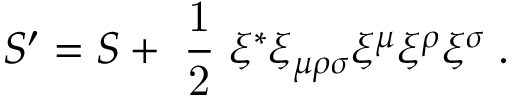
{ \cal S } ^ { \prime } = { \cal S } + \mathrm { \small { ~ \frac { 1 } { 2 } ~ } } \xi ^ { * } \xi _ { \mu \rho \sigma } \xi ^ { \mu } \xi ^ { \rho } \xi ^ { \sigma } \; .